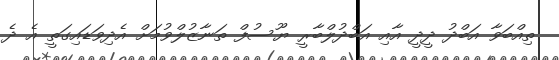
ތިއްބަވާ އަބްދު ދީދީ އާއި އަބްދުލްބާރީ ޔޫސުފް ތަނާޒުލްވުމަށް އެދިވަޑައިގަތީ އެ ދެ